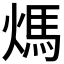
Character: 𤌬